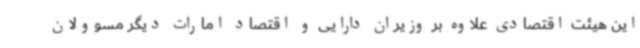
این هیئت اقتصادی علاوه بر وزیران دارایی و اقتصاد امارات دیگر مسوولان